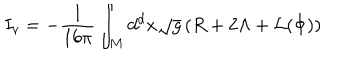
I _ { v } = - \frac { 1 } { 1 6 \pi } \int _ { M } d ^ { d } x \sqrt { g } \left( R + 2 \Lambda + { \cal L } ( \Phi ) \right)